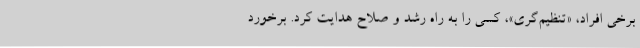
برخی افراد، «تنظیم‌گری»، کسی را به راه رشد و صلاح هدایت کرد. برخورد